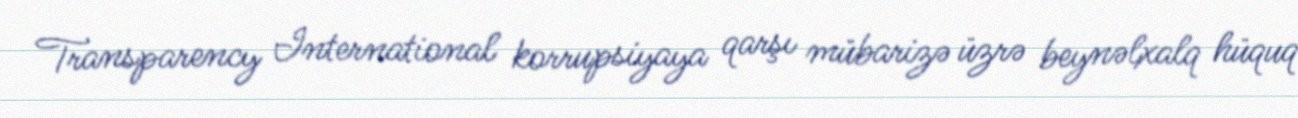
Transparency International korrupsiyaya qarşı mübarizə üzrə beynəlxalq hüquq